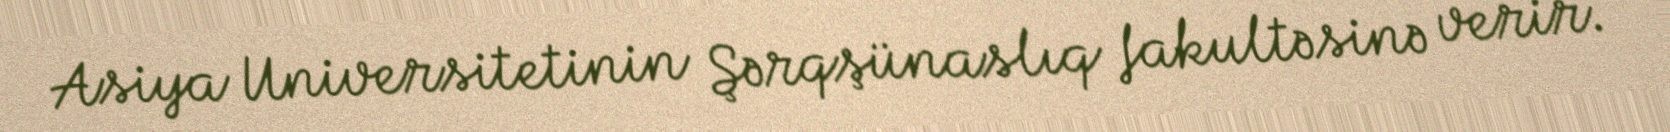
Asiya Universitetinin Şərqşünaslıq fakultəsinə verir.